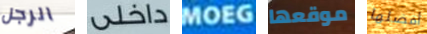
الرجل داخلي MOEG موقعها أفضلها